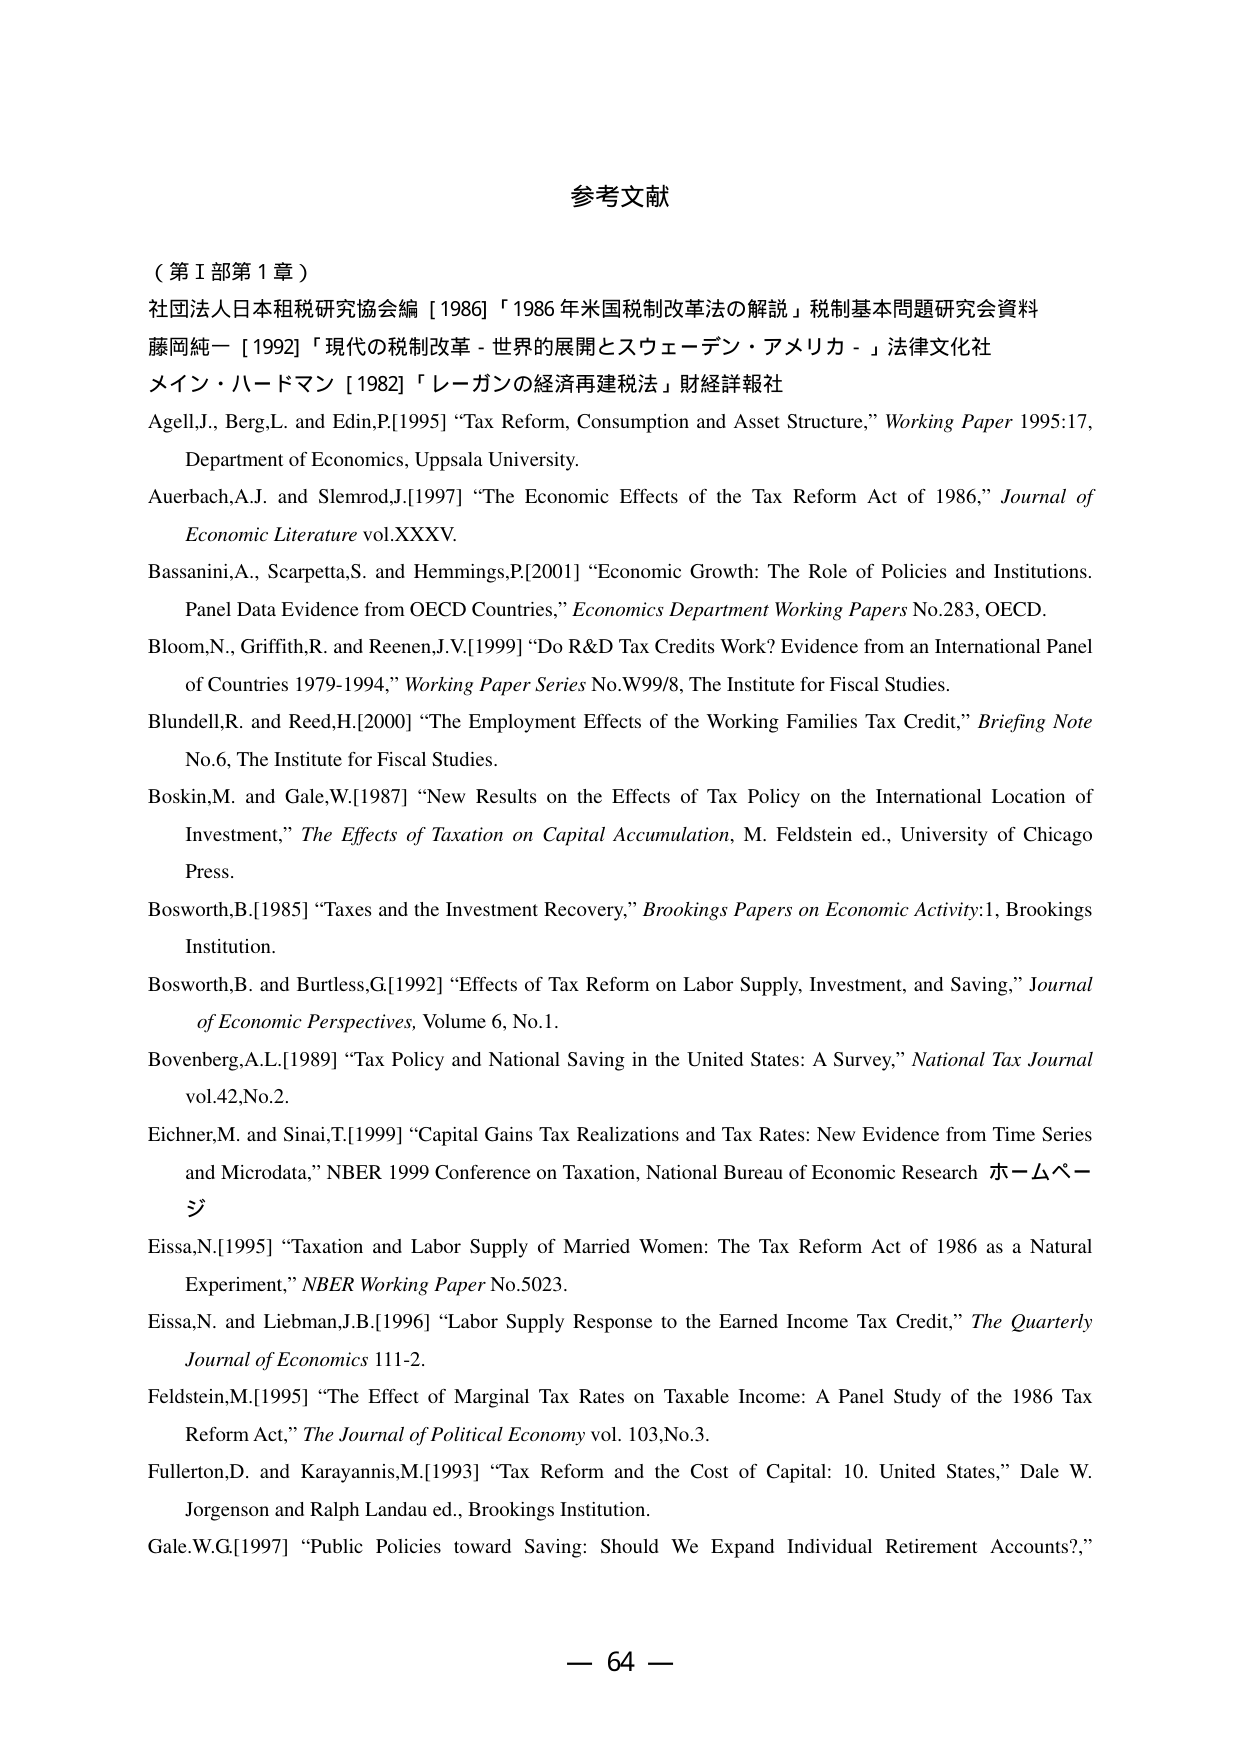
参考文献

（第Ⅰ部第1章）

社団法人日本租税研究協会編［1986］「1986年米国税制改革法の解説」税制基本問題研究会資料
藤岡純一［1992］「現代の税制改革－世界的展開とスウェーデン・アメリカ－」法律文化社
メイン・ハードマン［1982］「レーガンの経済再建税法」財経詳報社

Agell,J., Berg,L. and Edin,P.[1995] “Tax Reform, Consumption and Asset Structure,” Working Paper 1995:17, Department of Economics, Uppsala University.
Auerbach,A.J. and Slemrod,J.[1997] “The Economic Effects of the Tax Reform Act of 1986,” Journal of Economic Literature vol.XXXV.
Bassanini,A., Scarpetta,S. and Hemmings,P.[2001] “Economic Growth: The Role of Policies and Institutions. Panel Data Evidence from OECD Countries,” Economics Department Working Papers No.283, OECD.
Bloom,N., Griffith,R. and Reenen,J.V.[1999] “Do R&D Tax Credits Work? Evidence from an International Panel of Countries 1979-1994,” Working Paper Series No.W99/8, The Institute for Fiscal Studies.
Blundell,R. and Reed,H.[2000] “The Employment Effects of the Working Families Tax Credit,” Briefing Note No.6, The Institute for Fiscal Studies.
Boskin,M. and Gale,W.[1987] “New Results on the Effects of Tax Policy on the International Location of Investment,” The Effects of Taxation on Capital Accumulation, M. Feldstein ed., University of Chicago Press.
Bosworth,B.[1985] “Taxes and the Investment Recovery,” Brookings Papers on Economic Activity:1, Brookings Institution.
Bosworth,B. and Burtless,G.[1992] “Effects of Tax Reform on Labor Supply, Investment, and Saving,” Journal of Economic Perspectives, Volume 6, No.1.
Bovenberg,A.L.[1989] “Tax Policy and National Saving in the United States: A Survey,” National Tax Journal vol.42,No.2.
Eichner,M. and Sinai,T.[1999] “Capital Gains Tax Realizations and Tax Rates: New Evidence from Time Series and Microdata,” NBER 1999 Conference on Taxation, National Bureau of Economic Research ホームページ
Eissa,N.[1995] “Taxation and Labor Supply of Married Women: The Tax Reform Act of 1986 as a Natural Experiment,” NBER Working Paper No.5023.
Eissa,N. and Liebman,J.B.[1996] “Labor Supply Response to the Earned Income Tax Credit,” The Quarterly Journal of Economics 111-2.
Feldstein,M.[1995] “The Effect of Marginal Tax Rates on Taxable Income: A Panel Study of the 1986 Tax Reform Act,” The Journal of Political Economy vol. 103,No.3.
Fullerton,D. and Karayannis,M.[1993] “Tax Reform and the Cost of Capital: 10. United States,” Dale W. Jorgenson and Ralph Landau ed., Brookings Institution.
Gale,W.G.[1997] “Public Policies toward Saving: Should We Expand Individual Retirement Accounts?,”

— 64 —